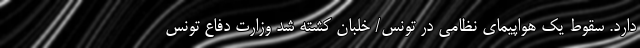
دارد. سقوط یک هواپیمای نظامی در تونس/ خلبان کشته شد وزارت دفاع تونس